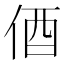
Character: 𫢞